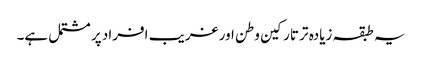
یہ طبقہ زیادہ تر تارکین وطن اور غریب افراد پر مشتمل ہے۔